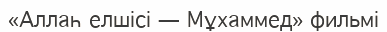
«Аллаһ елшісі — Мұхаммед» фильмі